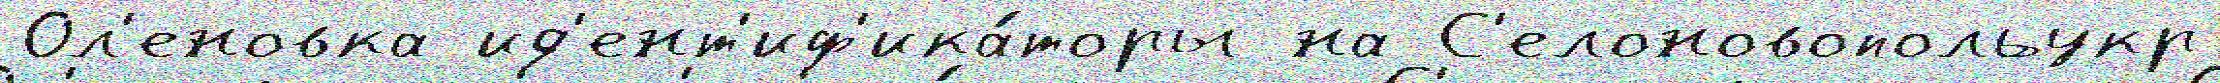
Ол'еновка ид'ент'иф'ика́торы на С'елоновопольукр